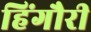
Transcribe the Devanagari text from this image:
हिंगौरी